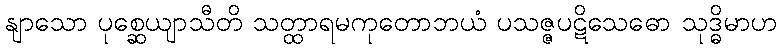
နျာသော ပုစ္ဆေယျာသီတိ သတ္ထာရမကုတောဘယံ ပသဇ္ဇပဋိသေဓော သုဒ္ဓိမာဟ